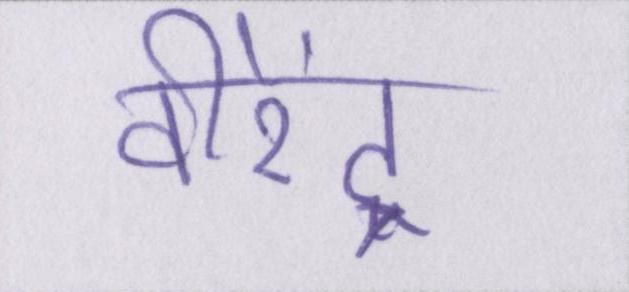
वीरेंद्र